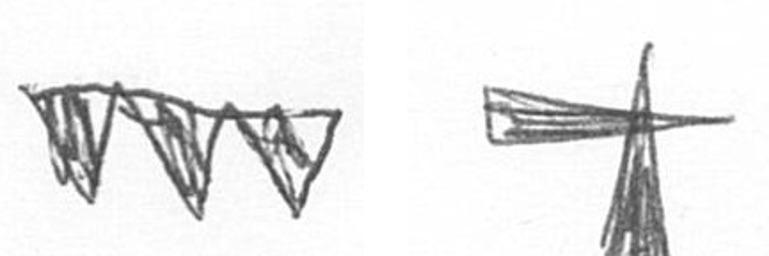
L G